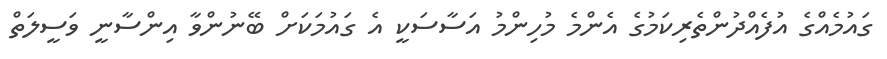
ގައުމެއްގެ އުފެއްދުންތެރިކަމުގެ އެންމެ މުހިންމު އަސާސަކީ އެ ގައުމަކަށް ބޭނުންވާ އިންސާނީ ވަސީލަތް